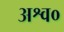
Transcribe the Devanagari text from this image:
अश्व०